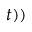
t ) )